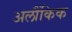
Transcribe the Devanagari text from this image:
अलौंकिक